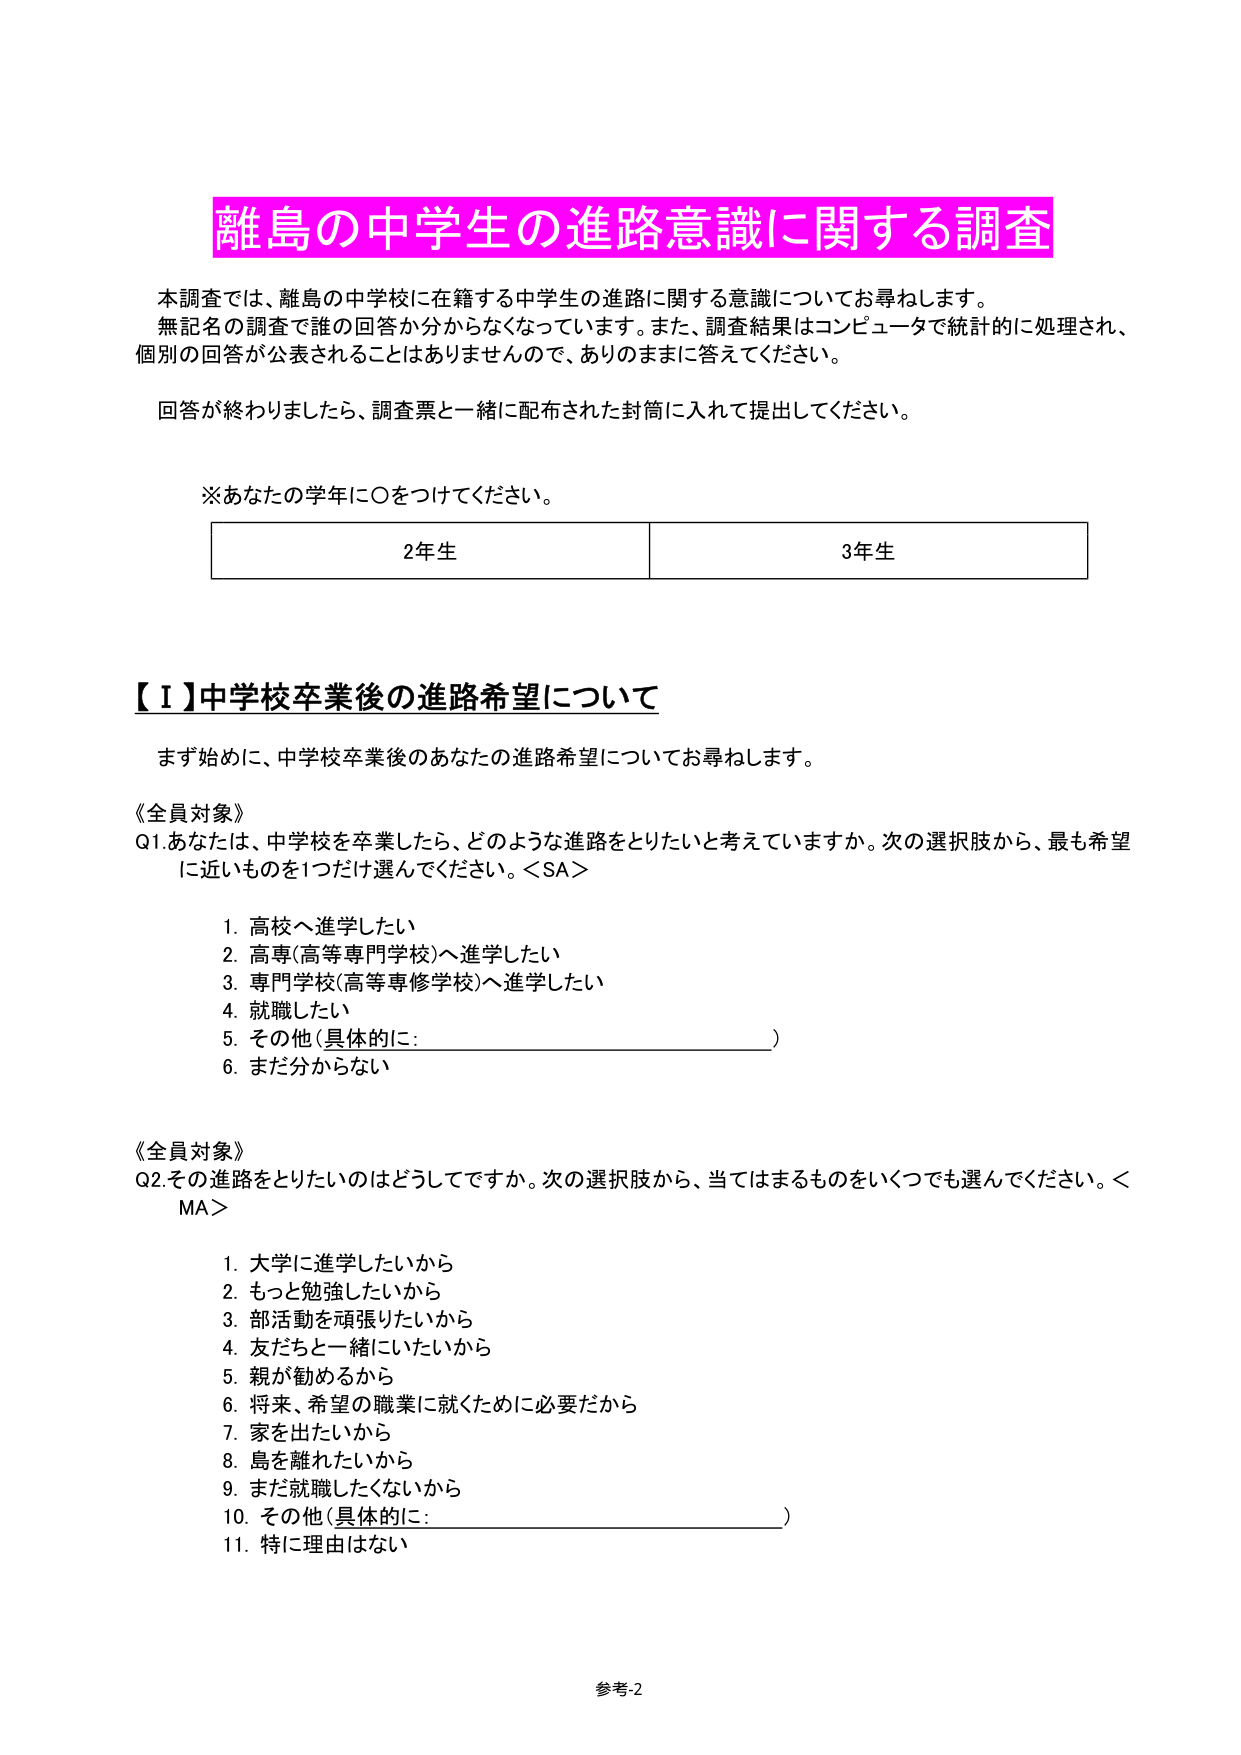
離島の中学生の進路意識に関する調査

本調査では、離島の中学校に在籍する中学生の進路に関する意識についてお尋ねします。
無記名の調査で誰の回答か分からなくなっています。また、調査結果はコンピュータで統計的に処理され、
個別の回答が公表されることはありませんので、ありのままに答えてください。

回答が終わりましたら、調査票と一緒に配布された封筒に入れて提出してください。

※あなたの学年に〇をつけてください。

2年生 3年生

【Ⅰ】中学校卒業後の進路希望について

まず始めに、中学校卒業後のあなたの進路希望についてお尋ねします。

《全員対象》
Q1. あなたは、中学校を卒業したら、どのような進路をとりたいと考えていますか。次の選択肢から、最も希望
に近いものを1つだけ選んでください。＜SA＞

1. 高校へ進学したい
2. 高専（高等専門学校）へ進学したい
3. 専門学校（高等専修学校）へ進学したい
4. 就職したい
5. その他（具体的に：________________________）
6. まだ分からない

《全員対象》
Q2. その進路をとりたいのはどうしてですか。次の選択肢から、当てはまるものをいくつでも選んでください。＜
MA＞

1. 大学に進学したいから
2. もっと勉強したいから
3. 部活動を頑張りたいから
4. 友だちと一緒にいたいから
5. 親が勧めるから
6. 将来、希望の職業に就くために必要だから
7. 家を出たいから
8. 島を離れたいから
9. まだ就職したくないから
10. その他（具体的に：________________________）
11. 特に理由はない

参考2